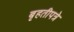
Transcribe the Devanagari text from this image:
बृहतीपत्रे